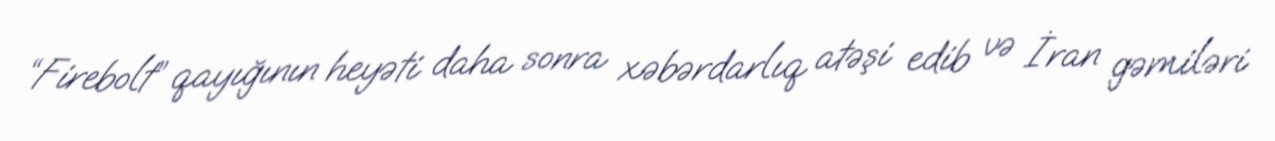
“Firebolt” qayığının heyəti daha sonra xəbərdarlıq atəşi edib və İran gəmiləri